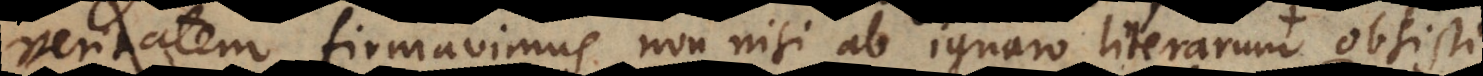
veritatem firmavimus non nisi ab ignaro literarum obsisti